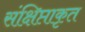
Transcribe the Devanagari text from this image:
संक्षिप्ताकृत